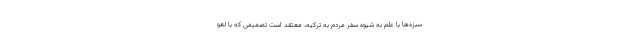
سبزه‌ها با علم به شیوه سفر مردم به ترکیه، معتقد است تصمیمی که با لغو